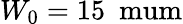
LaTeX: W_{0}=15~\mathrm{{\ mum}}